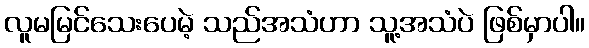
လူမမြင်သေးပေမဲ့ သည်အသံဟာ သူ့အသံပဲ ဖြစ်မှာပါ။